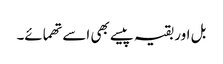
بل اور بقیہ پیسے بھی اسے تھمائے۔